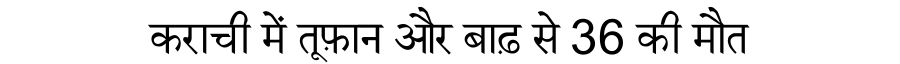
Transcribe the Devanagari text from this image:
कराची में तूफ़ान और बाढ़ से 36 की मौत